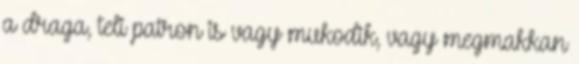
a draga, teli patron is vagy mukodik, vagy megmakkan